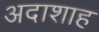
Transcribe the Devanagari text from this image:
अदाशाह